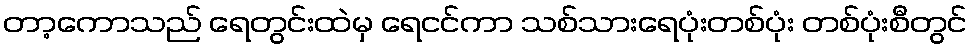
တာ့ကောသည် ရေတွင်းထဲမှ ရေငင်ကာ သစ်သားရေပုံးတစ်ပုံး တစ်ပုံးစီတွင်